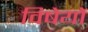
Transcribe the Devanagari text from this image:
विषेयों